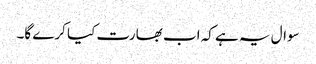
سوال یہ ہے کہ اب بھارت کیا کرے گا۔